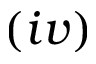
( i v )